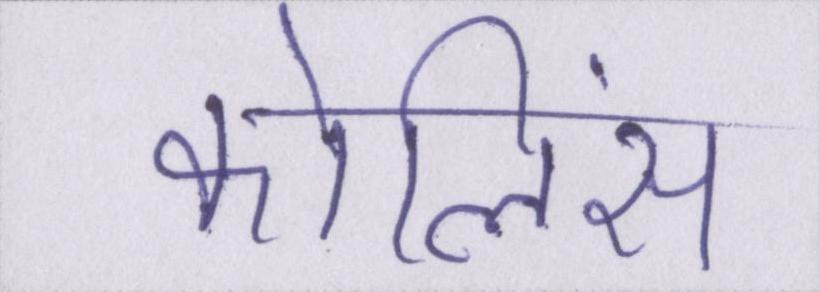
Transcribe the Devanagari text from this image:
कोलिंस